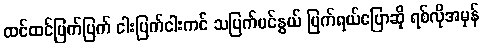
ထင်ထင်ပြက်ပြက် ငါးပြက်ငါးကင် သပြက်ပင်နွယ် ပြက်ရယ်ပြောဆို ရစ်လိုအမှန်